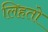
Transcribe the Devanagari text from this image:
लिहतो